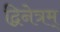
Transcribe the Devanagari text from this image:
द्विनेत्रम्